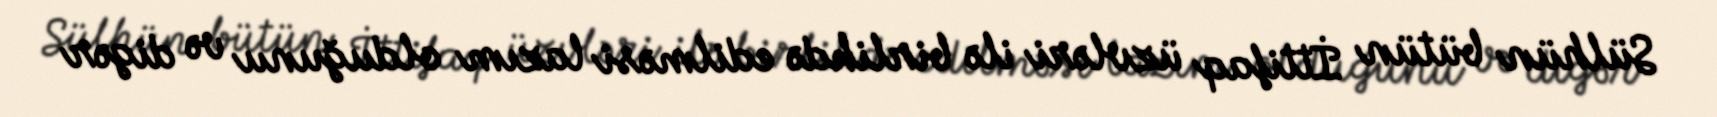
Sülhün bütün İttifaq üzvləri ilə birlikdə edilməsi lazım olduğunu və digər